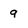
Character: 9